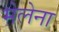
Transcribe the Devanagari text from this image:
मेलेना